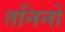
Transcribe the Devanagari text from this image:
तनिनो